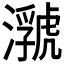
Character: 𤂆